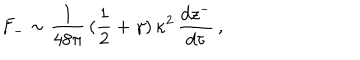
LaTeX: F _ { - } \sim \frac { 1 } { 4 8 \pi } \, ( \frac { 1 } { 2 } + \gamma ) \, \kappa ^ { 2 } \, \frac { d z ^ { - } } { d \tau } \, ,